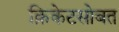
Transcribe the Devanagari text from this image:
क्रिकेटसोबत